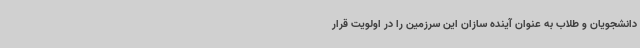
دانشجویان و طلاب به‌ عنوان آینده سازان این سرزمین را در اولویت قرار